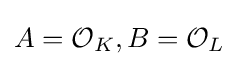
A={\mathcal {O}}_{K},B={\mathcal {O}}_{L}